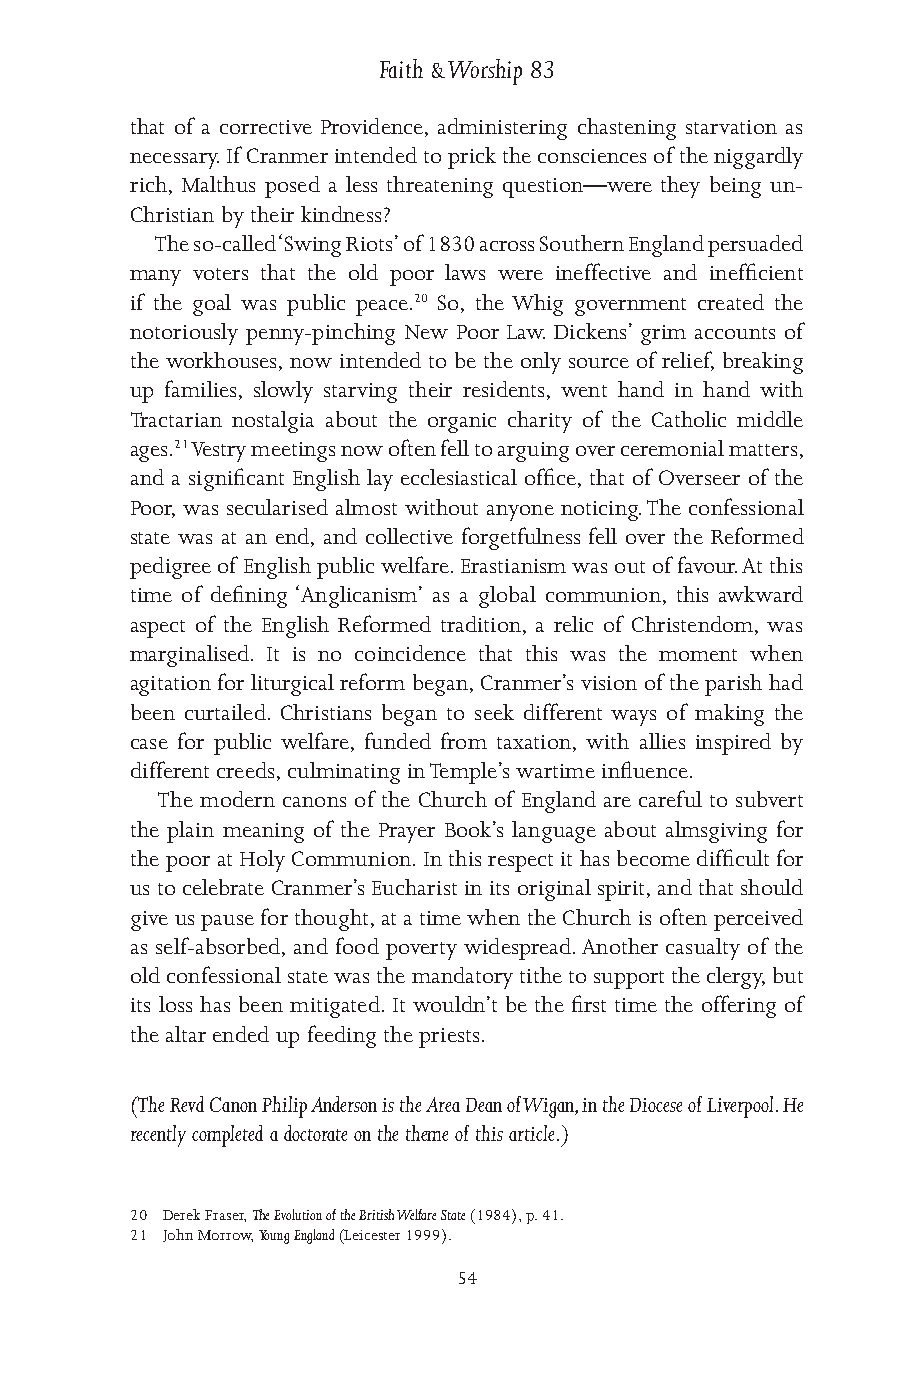
Faith & Worship 83
 that of a corrective Providence, administering chastening starvation as
 necessary. If Cranmer intended to prick the consciences of the niggardly
 rich, Malthus posed a less threatening question—were they being un-
 Christian by their kindness?
 The so-called ‘Swing Riots’ of 1830 across Southern England persuaded
 many voters that the old poor laws were ineffective and inefficient
 if the goal was public peace.20 So, the Whig government created the
 notoriously penny-pinching New Poor Law. Dickens’ grim accounts of
 the workhouses, now intended to be the only source of relief, breaking
 up families, slowly starving their residents, went hand in hand with
 Tractarian nostalgia about the organic charity of the Catholic middle
 ages.21 Vestry meetings now often fell to arguing over ceremonial matters,
 and a significant English lay ecclesiastical office, that of Overseer of the
 Poor, was secularised almost without anyone noticing. The confessional
 state was at an end, and collective forgetfulness fell over the Reformed
 pedigree of English public welfare. Erastianism was out of favour. At this
 time of defining ‘Anglicanism’ as a global communion, this awkward
 aspect of the English Reformed tradition, a relic of Christendom, was
 marginalised. It is no coincidence that this was the moment when
 agitation for liturgical reform began, Cranmer’s vision of the parish had
 been curtailed. Christians began to seek different ways of making the
 case for public welfare, funded from taxation, with allies inspired by
 different creeds, culminating in Temple’s wartime influence.
 The modern canons of the Church of England are careful to subvert
 the plain meaning of the Prayer Book’s language about almsgiving for
 the poor at Holy Communion. In this respect it has become difficult for
 us to celebrate Cranmer’s Eucharist in its original spirit, and that should
 give us pause for thought, at a time when the Church is often perceived
 as self-absorbed, and food poverty widespread. Another casualty of the
 old confessional state was the mandatory tithe to support the clergy, but
 its loss has been mitigated. It wouldn’t be the first time the offering of
 the altar ended up feeding the priests.
 (The Revd Canon Philip Anderson is the Area Dean of Wigan, in the Diocese of Liverpool. He
 recently completed a doctorate on the theme of this article.)
 20 Derek Fraser, The Evolution of the British Welfare State (1984), p. 41.
 21 John Morrow, Young England (Leicester 1999).
 54